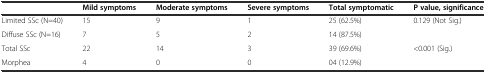
<table><thead><tr><td></td><td><b>Mild symptoms</b></td><td><b>Moderate symptoms</b></td><td><b>Severe symptoms</b></td><td><b>Total symptomatic</b></td><td><b>P value, significance</b></td></tr></thead><tbody><tr><td>Limited SSc (N=40)</td><td>15</td><td>9</td><td>1</td><td>25 (62.5%)</td><td rowspan="2">0.129 (Not Sig.)</td></tr><tr><td>Diffuse SSc (N=16)</td><td>7</td><td>5</td><td>2</td><td>14 (87.5%)</td></tr><tr><td>Total SSc</td><td>22</td><td>14</td><td>3</td><td>39 (69.6%)</td><td rowspan="2">&lt;0.001 (Sig.)</td></tr><tr><td>Morphea</td><td>4</td><td>0</td><td>0</td><td>04 (12.9%)</td></tr></tbody></table>